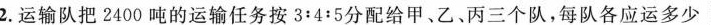
2.运输队把2400吨的运输任务按3:4:5分配给甲、乙、丙三个队，每队各应运多少